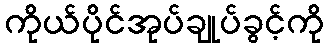
ကိုယ်ပိုင်အုပ်ချုပ်ခွင့်ကို